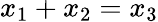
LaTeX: x_{1}+x_{2}=x_{3}